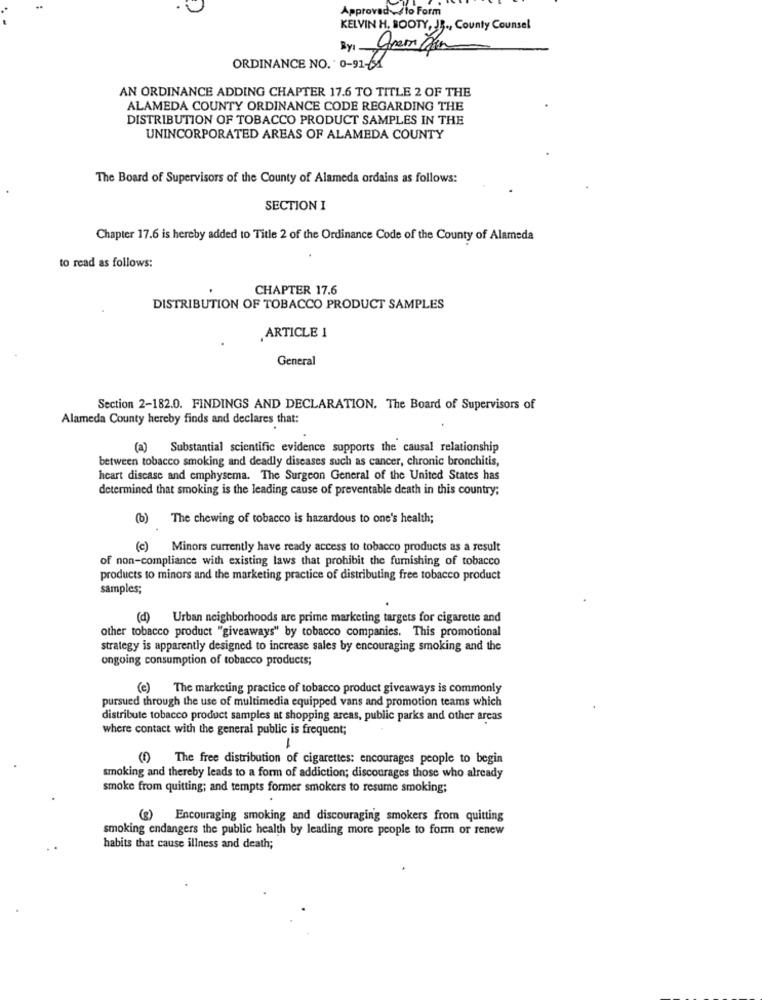
Approved -to Form
KELVIN H. BOOTY, JB ., County Counsel
Byl
ORDINANCE NO. 0-91-651
AN ORDINANCE ADDING CHAPTER 17.6 TO TITLE 2 OF THE
ALAMEDA COUNTY ORDINANCE CODE REGARDING THE
DISTRIBUTION OF TOBACCO PRODUCT SAMPLES IN THE
UNINCORPORATED AREAS OF ALAMEDA COUNTY
The Board of Supervisors of the County of Alameda ordains as follows:
SECTION I
Chapter 17.6 is hereby added to Title 2 of the Ordinance Code of the County of Alameda
to read as follows:
CHAPTER 17.6
DISTRIBUTION OF TOBACCO PRODUCT SAMPLES
,ARTICLE 1
General
Section 2-182.0. FINDINGS AND DECLARATION. The Board of Supervisors of
Alameda County hereby finds and declares that:
(a) Substantial scientific evidence supports the causal relationship
between tobacco smoking and deadly diseases such as cancer, chronic bronchitis,
heart disease and emphysema. The Surgeon General of the United States has
determined that smoking is the leading cause of preventable death in this country;
(b) The chewing of tobacco is hazardous to one's health;
(c) Minors currently have ready access to tobacco products as a result
of non-compliance with existing laws that prohibit the furnishing of tobacco
products to minors and the marketing practice of distributing free tobacco product
samples;
(d)
Urban neighborhoods are prime marketing targets for cigarette and
other tobacco product "giveaways" by tobacco companies. This promotional
strategy is apparently designed to increase sales by encouraging smoking and the
ongoing consumption of tobacco products;
(e) The marketing practice of tobacco product giveaways is commonly
pursued through the use of multimedia equipped vans and promotion teams which
distribute tobacco product samples at shopping areas, public parks and other areas
where contact with the general public is frequent;
(1) The free distribution of cigarettes: encourages people to begin
smoking and thereby leads to a form of addiction; discourages those who already
smoke from quitting; and tempts former smokers to resume smoking;
Encouraging smoking and discouraging smokers from quitting
smoking endangers the public health by leading more people to form or renew
habits that cause illness and death;